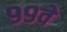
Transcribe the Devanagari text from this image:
९९वे